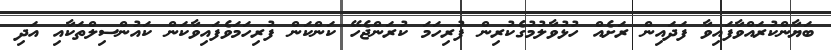
ބަޔާންކުރައްވާފައިވާ ފަދައިން ރަށެއް ހުޅުވާލުމުގެކުރިން ފުރިހަމަ ކުރަންޖެހޭ ކަންކަން ފުރިހަމަވެފައިވާކަން ކައުންސިލްތަކާއި އަދި